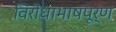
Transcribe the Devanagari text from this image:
विरोधाभाषपूर्ण